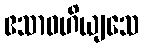
ဧသာဝဟိယျသေ